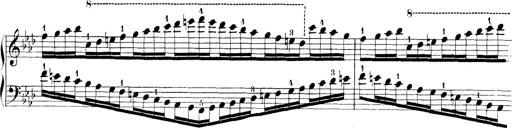
Title: Technische Studien
Composer: Franz Liszt